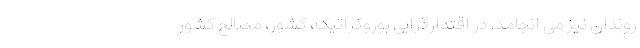
روندان نیز می­ انجامد. در اقتدارگرایی بوروکراتیک، کشور، مصالحِ کشور